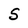
Character: S